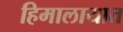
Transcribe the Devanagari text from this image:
हिमालायात